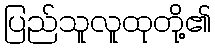
ပြည်သူလူထုတို့၏